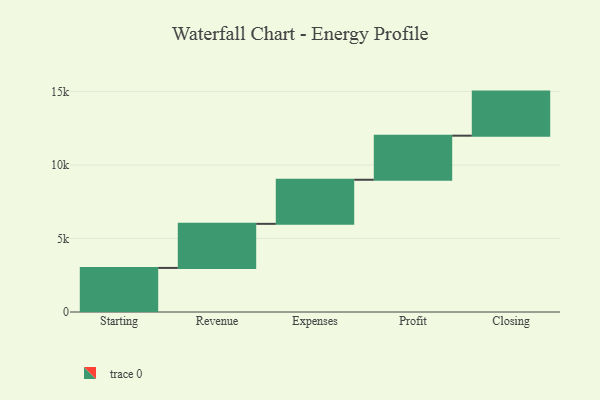
{"axis": {"x": "Step", "y": "Value"}, "legend": [""], "data": [{"x": "Starting", "y": 3000, "type": ""}, {"x": "Revenue", "y": 3000, "type": ""}, {"x": "Expenses", "y": 3000, "type": ""}, {"x": "Profit", "y": 3000, "type": ""}, {"x": "Closing", "y": 3000, "type": ""}]}